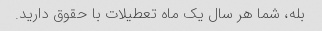
بله، شما هر سال یک ماه تعطیلات با حقوق دارید.